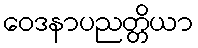
ဝေဒနာပညတ္တိယာ